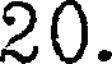
20.